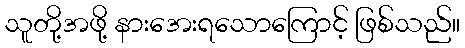
သူတို့အဖို့ နားအေးရသောကြောင့် ဖြစ်သည်။